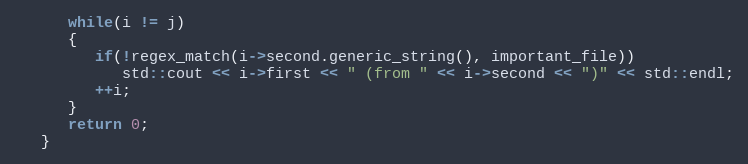
Language: C++
      while(i != j)
      {
         if(!regex_match(i->second.generic_string(), important_file))
            std::cout << i->first << " (from " << i->second << ")" << std::endl;
         ++i;
      }
      return 0;
   }